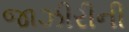
જાઝીરીની